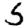
Digit: 5